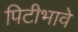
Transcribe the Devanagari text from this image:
पिटीभावे